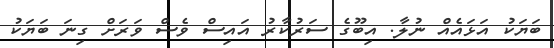
ބަޔަކު އަޅައެއް ނުލާ. އިބޫގެ ސަރުކާރު އައިސް ވެސް ވަރަށް ގިނަ ބަޔަކު